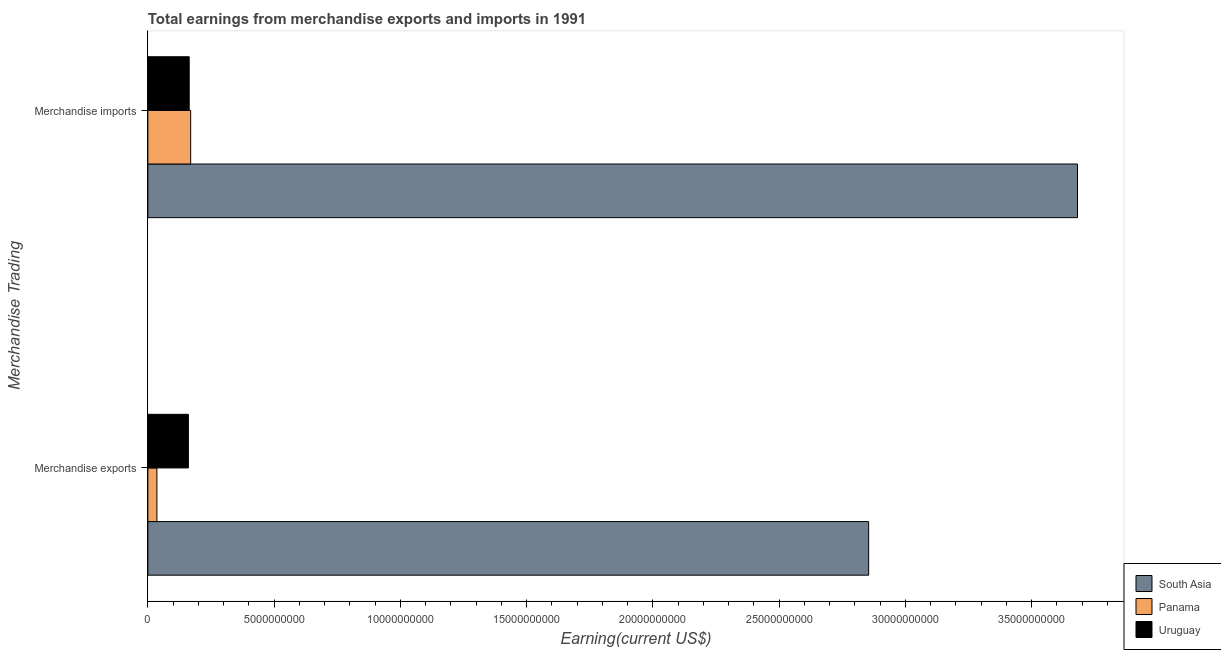
| Merchandise Trading | South Asia | Panama | Uruguay |
 | --- | --- | --- | --- |
 | Merchandise exports | 2.85e+10 | 3.58e+08 | 1.60e+09 |
 | Merchandise imports | 3.68e+10 | 1.7e+09 | 1.64e+09 |